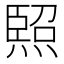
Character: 𭵳